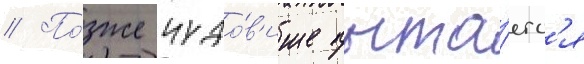
// По́зже чудо́в'ище пыта́етс'я